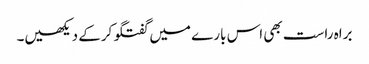
براہ راست بھی اس بارے میں گفتگو کرکے دیکھیں۔